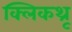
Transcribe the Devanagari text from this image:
क्लिकथ्रू